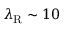
\lambda _ { \mathrm { R } } \sim 1 0